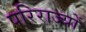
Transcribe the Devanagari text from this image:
परिराज्यों